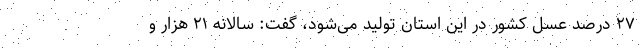
۲۷ درصد عسل کشور در این استان تولید می‌شود، گفت: سالانه ۲۱ هزار و